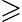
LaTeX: \geqslant